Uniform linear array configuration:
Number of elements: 12
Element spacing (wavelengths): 0.75
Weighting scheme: hann
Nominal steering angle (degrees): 30
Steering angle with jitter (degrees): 30.304
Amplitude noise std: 0.05
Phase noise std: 0.05

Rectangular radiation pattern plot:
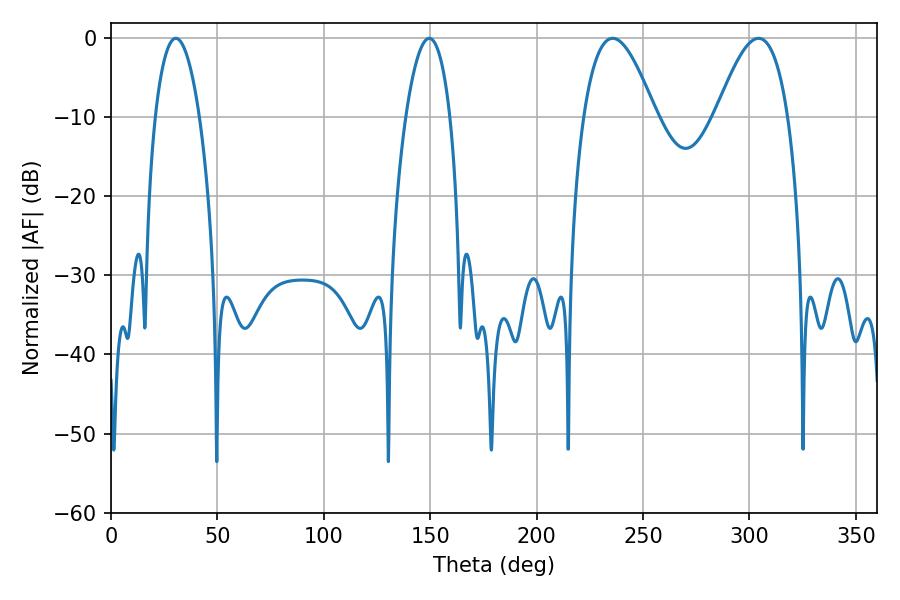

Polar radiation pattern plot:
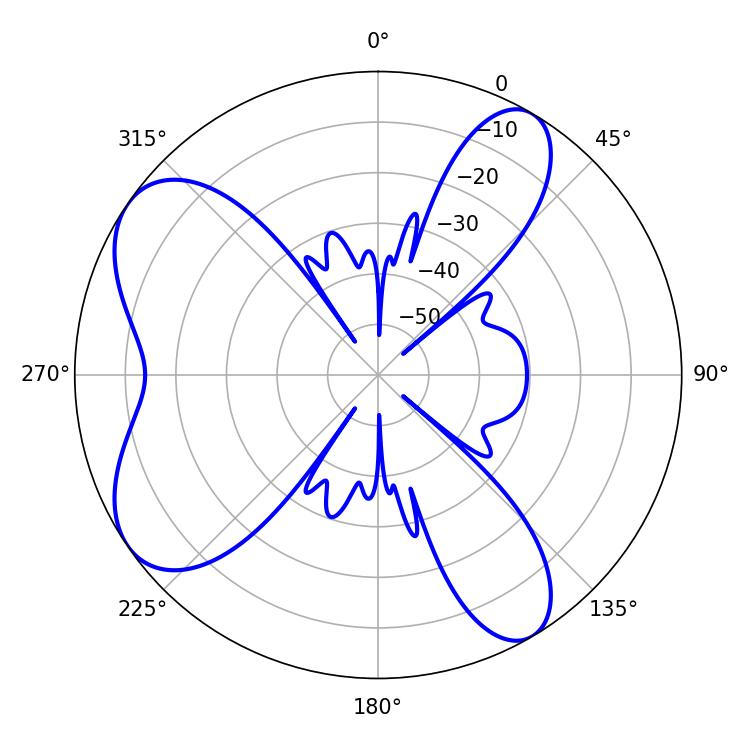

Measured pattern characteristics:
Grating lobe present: TRUE
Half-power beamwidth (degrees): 11.7
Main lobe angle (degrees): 30.42